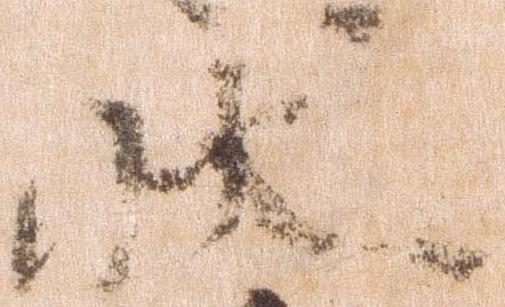
状